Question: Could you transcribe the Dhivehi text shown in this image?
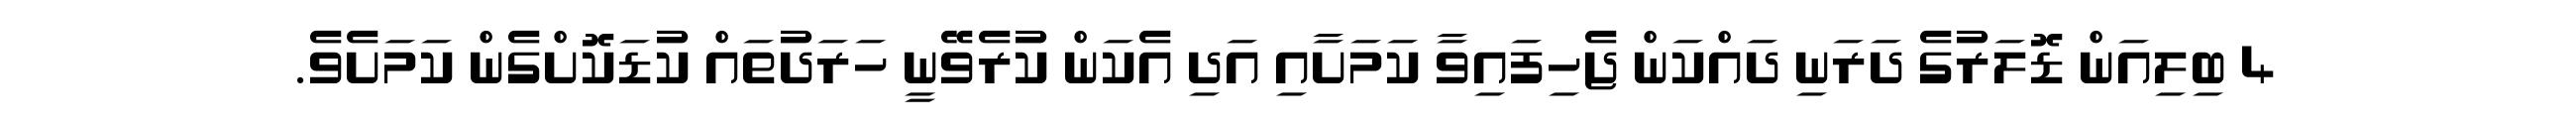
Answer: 4 ބިލިއަން ޑޮލަރުގެ ދަރަނި ދައްކަން ޖެހިފައިވާ ކަމަށާއި އަދި އެކަން ކުރެވޭނީ ހަރަދުތައް ކުޑަކޮށްގެން ކަމަށެވެ.